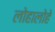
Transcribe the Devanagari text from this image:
लोहालोहे